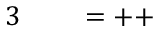
\begin{array} { r l r l } { { 3 } ~ } & { { } } & { = + + } \end{array}